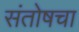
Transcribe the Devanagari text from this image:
संतोषचा